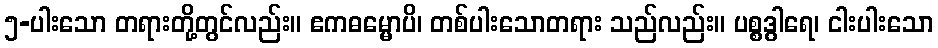
၅-ပါးသော တရားတို့တွင်လည်း။ ဧကဓမ္မောပိ၊ တစ်ပါးသောတရား သည်လည်း။ ပစ္စဒွါရေ၊ ငါးပါးသော